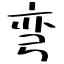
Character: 弯